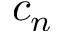
c _ { n }